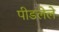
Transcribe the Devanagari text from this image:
पीडलेले